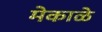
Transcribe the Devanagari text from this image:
मेकाळे